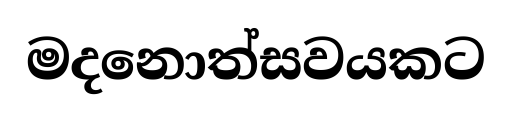
මදනොත්සවයකට